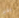
بخير